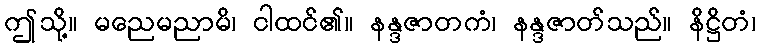
ဤသို့။ မညေမညာမိ၊ ငါထင်၏။ နန္ဒဇာတကံ၊ နန္ဒဇာတ်သည်။ နိဋ္ဌိတံ၊